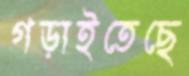
গড়াইতেছে